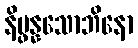
နိပ္ဖန္နသောဘိနော